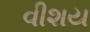
વીશય